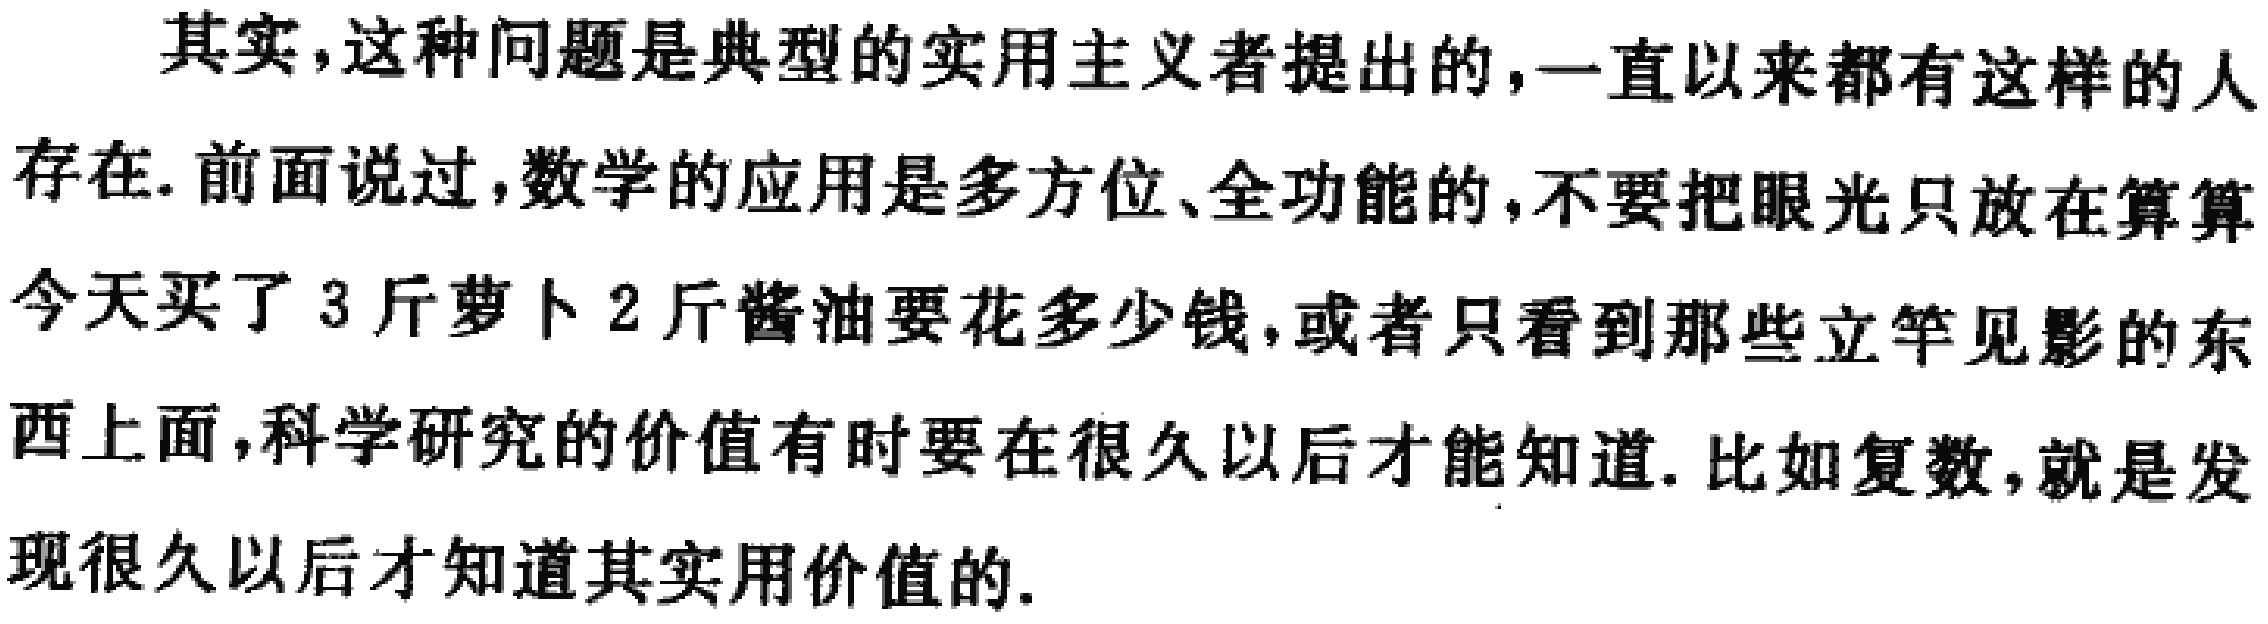
其实,这种问题是典型的实用主义者提出的,一直以来都有这样的人

存在.前面说过,数学的应用是多方位、全功能的,不要把眼光只放在算算

今天买了 3 斤萝卜 2 斤酱油要花多少钱,或者只看到那些立竿见影的东

西上面,科学研究的价值有时要在很久以后才能知道.比如复数,就是发

现很久以后才知道其实用价值的.